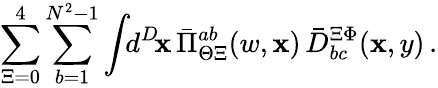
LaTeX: \sum_{\Xi=0}^{4}\sum_{b=1}^{N^{2}-1}\int\! \! d^{D}\! \mathbf{x}\, \bar{{\Pi}}_{\Theta\Xi}^{ab}(w,\mathbf{x})\, \bar{{D}}_{bc}^{\Xi\Phi}(\mathbf{x},y)\, .